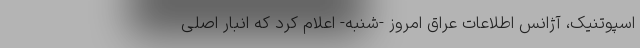
اسپوتنیک، آژانس اطلاعات عراق امروز -‌شنبه- اعلام کرد که انبار اصلی